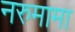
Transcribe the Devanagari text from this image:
नरुमामा